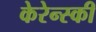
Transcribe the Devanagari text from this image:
केरेन्स्की